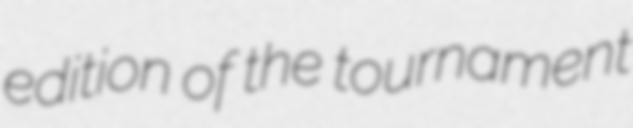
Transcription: edition of the tournament